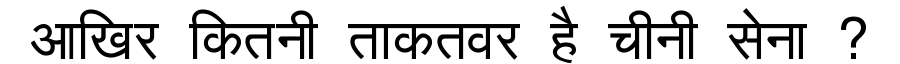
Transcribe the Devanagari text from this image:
आखिर कितनी ताकतवर है चीनी सेना ?